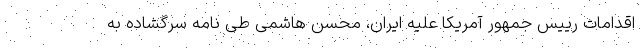
اقدامات رییس جمهور آمریکا علیه ایران، محسن هاشمی طی نامه سرگشاده به